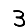
Digit: 3